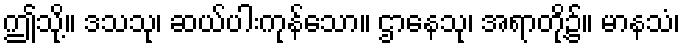
ဤသို့။ ဒသသု၊ ဆယ်ပါးကုန်သော။ ဌာနေသု၊ အရာတို့၌။ မာနသံ၊